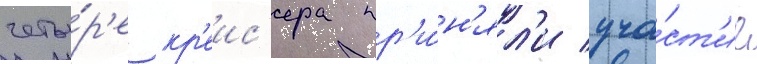
четы́р'е кр'еис'ера пр'и́н'ял'и уча́ст'ие